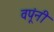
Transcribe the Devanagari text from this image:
वपूंनी